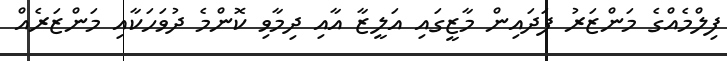
ފިލްމެއްގެ މަންޒަރު ފަދައިން މާޒީގައި އަލީޒާ އާއި ދިމާވި ކޮންމެ ދުވަހަކާއި މަންޒަރެއް